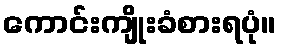
ကောင်းကျိုးခံစားရပုံ။